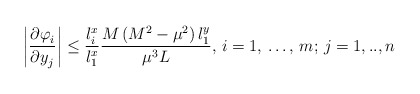
\begin{align*}\left| \frac{{\partial \varphi }_{i}}{{\partial y}_{j}} \right|\le \frac{l_{i}^{x}}{l_{1}^{x}}\frac{M\left( M^{2}-\mu^{2} \right)l_{1}^{y}}{\mu^{3}L},\thinspace i=1,\thinspace \mathellipsis ,\thinspace m;\thinspace j=1,..,n\end{align*}